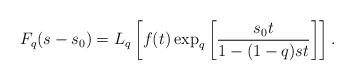
LaTeX: \begin{align*} F_{q}(s-s_{0}) = L_{q} \left[ f(t) \exp_{q} \left[ \frac{s_{0} t}{1-(1-q) s t} \right] \right] . \end{align*}